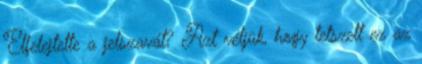
Elfelejtette a jelszavát? Azt véljük, hogy tetszett ez az